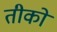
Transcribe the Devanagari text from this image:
तीको